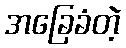
အခြေခံတဲ့